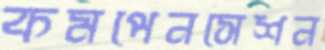
কমপেনসেশন